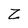
Character: Z